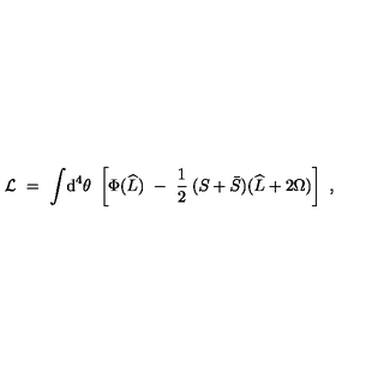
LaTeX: { \cal L } \ = \ \int \! \mathrm { d } ^ { 4 } \theta \ \left[ \Phi ( \widehat L ) \ - \ \frac { 1 } { 2 } \: ( S + \bar { S } ) ( \widehat L + 2 \Omega ) \right] \ ,